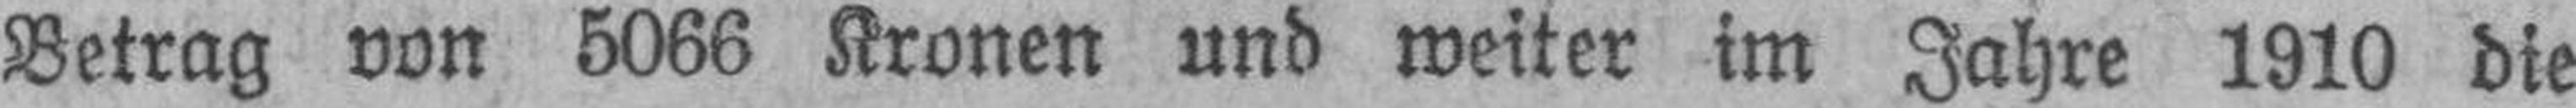
Betrag von 5066 Kronen und weiter im Jahre 1910 die